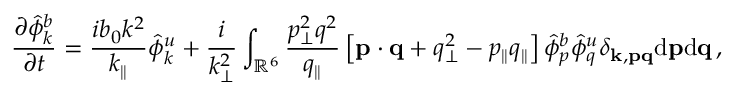
{ \frac { \partial \hat { \phi } _ { k } ^ { b } } { \partial t } } = \frac { i b _ { 0 } k ^ { 2 } } { k _ { \parallel } } \hat { \phi } _ { k } ^ { u } + \frac { i } { k _ { \perp } ^ { 2 } } \int _ { \mathbb { R } ^ { 6 } } \frac { p _ { \perp } ^ { 2 } q ^ { 2 } } { q _ { \parallel } } \left[ { \bf p } \cdot { \bf q } + q _ { \perp } ^ { 2 } - p _ { \parallel } q _ { \parallel } \right] \hat { \phi } _ { p } ^ { b } \hat { \phi } _ { q } ^ { u } \delta _ { { \bf k } , { \bf p } { \bf q } } \mathrm { d } { \bf p } \mathrm { d } { \bf q } \, ,